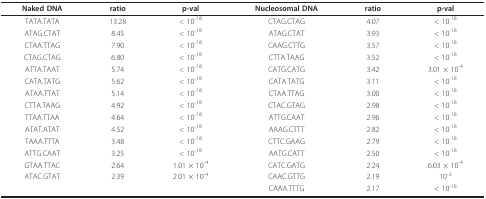
<table><thead><tr><td><b>Naked DNA</b></td><td><b>ratio</b></td><td><b>p-val</b></td><td><b>Nucleosomal DNA</b></td><td><b>ratio</b></td><td><b>p-val</b></td></tr></thead><tbody><tr><td>TATA.TATA</td><td>13.28</td><td>&lt; 10<sup>-18</sup></td><td>CTAG.CTAG</td><td>4.07</td><td>&lt; 10<sup>-18</sup></td></tr><tr><td>ATAG.CTAT</td><td>8.45</td><td>&lt; 10<sup>-18</sup></td><td>ATAG.CTAT</td><td>3.93</td><td>&lt; 10<sup>-18</sup></td></tr><tr><td>CTAA.TTAG</td><td>7.90</td><td>&lt; 10<sup>-18</sup></td><td>CAAG.CTTG</td><td>3.57</td><td>&lt; 10<sup>-18</sup></td></tr><tr><td>CTAG.CTAG</td><td>6.80</td><td>&lt; 10<sup>-18</sup></td><td>CTTA.TAAG</td><td>3.52</td><td>&lt; 10<sup>-18</sup></td></tr><tr><td>ATTA.TAAT</td><td>5.74</td><td>&lt; 10<sup>-18</sup></td><td>CATG.CATG</td><td>3.42</td><td>3.01 × 10<sup>-4</sup></td></tr><tr><td>CATA.TATG</td><td>5.62</td><td>&lt; 10<sup>-18</sup></td><td>CATA.TATG</td><td>3.11</td><td>&lt; 10<sup>-18</sup></td></tr><tr><td>ATAA.TTAT</td><td>5.14</td><td>&lt; 10<sup>-18</sup></td><td>CTAA.TTAG</td><td>3.00</td><td>&lt; 10<sup>-18</sup></td></tr><tr><td>CTTA.TAAG</td><td>4.92</td><td>&lt; 10<sup>-18</sup></td><td>CTAC.GTAG</td><td>2.98</td><td>&lt; 10<sup>-18</sup></td></tr><tr><td>TTAA.TTAA</td><td>4.64</td><td>&lt; 10<sup>-18</sup></td><td>ATTG.CAAT</td><td>2.96</td><td>&lt; 10<sup>-18</sup></td></tr><tr><td>ATAT.ATAT</td><td>4.52</td><td>&lt; 10<sup>-18</sup></td><td>AAAG.CTTT</td><td>2.82</td><td>&lt; 10<sup>-18</sup></td></tr><tr><td>TAAA.TTTA</td><td>3.48</td><td>&lt; 10<sup>-18</sup></td><td>CTTC.GAAG</td><td>2.79</td><td>&lt; 10<sup>-18</sup></td></tr><tr><td>ATTG.CAAT</td><td>3.25</td><td>&lt; 10<sup>-18</sup></td><td>AATG.CATT</td><td>2.50</td><td>&lt; 10<sup>-18</sup></td></tr><tr><td>GTAA.TTAC</td><td>2.64</td><td>1.01 × 10<sup>-4</sup></td><td>CATC.GATG</td><td>2.24</td><td>6.03 × 10<sup>-4</sup></td></tr><tr><td>ATAC.GTAT</td><td>2.39</td><td>2.01 × 10<sup>-4</sup></td><td>CAAC.GTTG</td><td>2.19</td><td>10<sup>-3</sup></td></tr><tr><td></td><td></td><td></td><td>CAAA.TTTG</td><td>2.17</td><td>&lt; 10<sup>-18</sup></td></tr></tbody></table>